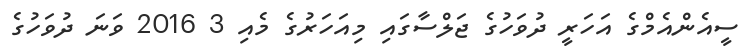
ސީއެންއެމްގެ އަހަރީ ދުވަހުގެ ޖަލްސާގައި މިއަހަރުގެ މެއި 3 2016 ވަނަ ދުވަހުގެ